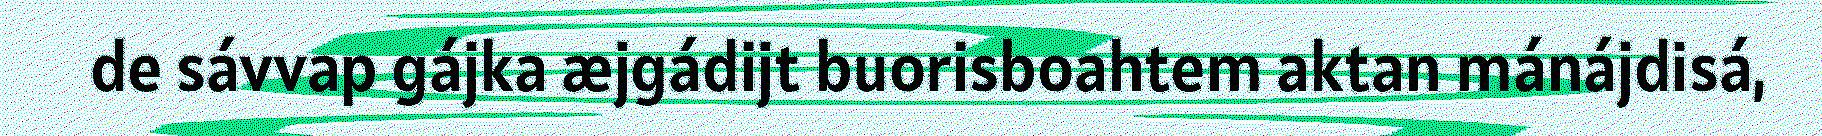
de sávvap gájka æjgádijt buorisboahtem aktan mánájdisá,